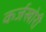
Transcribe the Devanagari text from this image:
कर्जखोरी